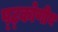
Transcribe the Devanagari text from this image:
ष्ट्कोणीय